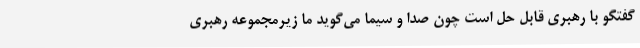
گفتگو با رهبری قابل حل است چون صدا و سیما می‌گوید ما زیرمجموعه رهبری